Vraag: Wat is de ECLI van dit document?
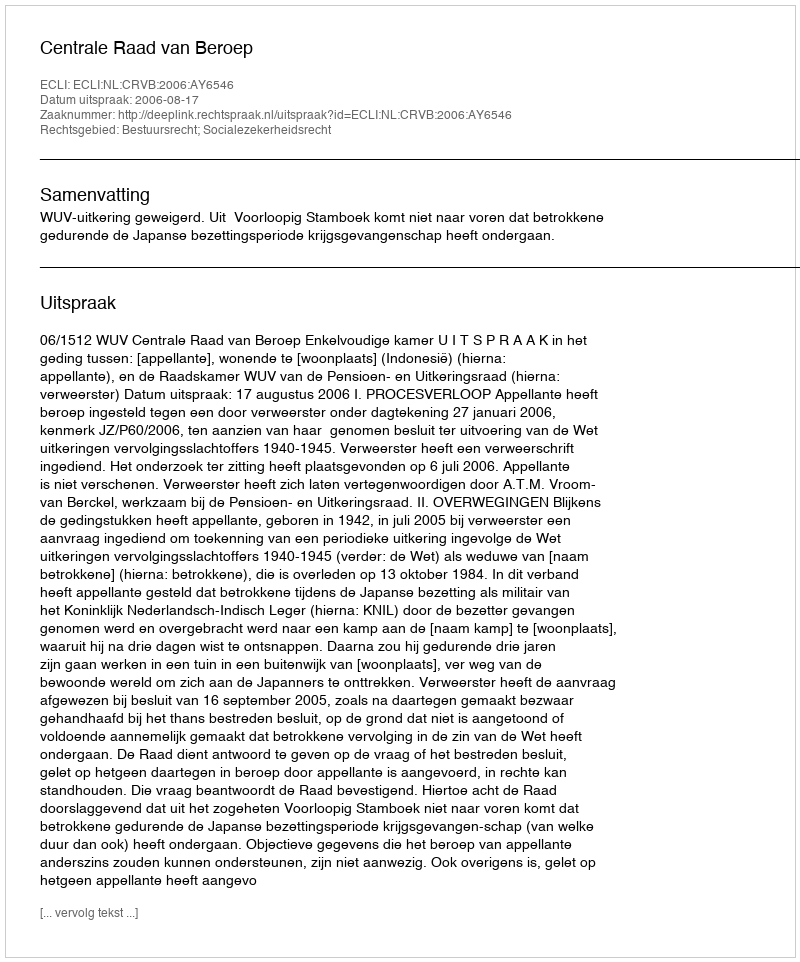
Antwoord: ECLI:NL:CRVB:2006:AY6546